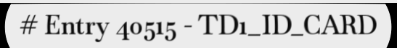
# Entry 40515 - TD1_ID_CARD